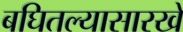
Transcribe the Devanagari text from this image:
बघितल्यासारखे